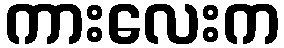
ကားလေးက